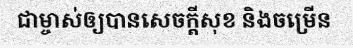
ជាម្ចាស់ឲ្យបានសេចក្តីសុខ និងចម្រើន